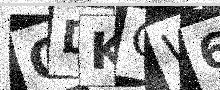
Text: ODKQW6